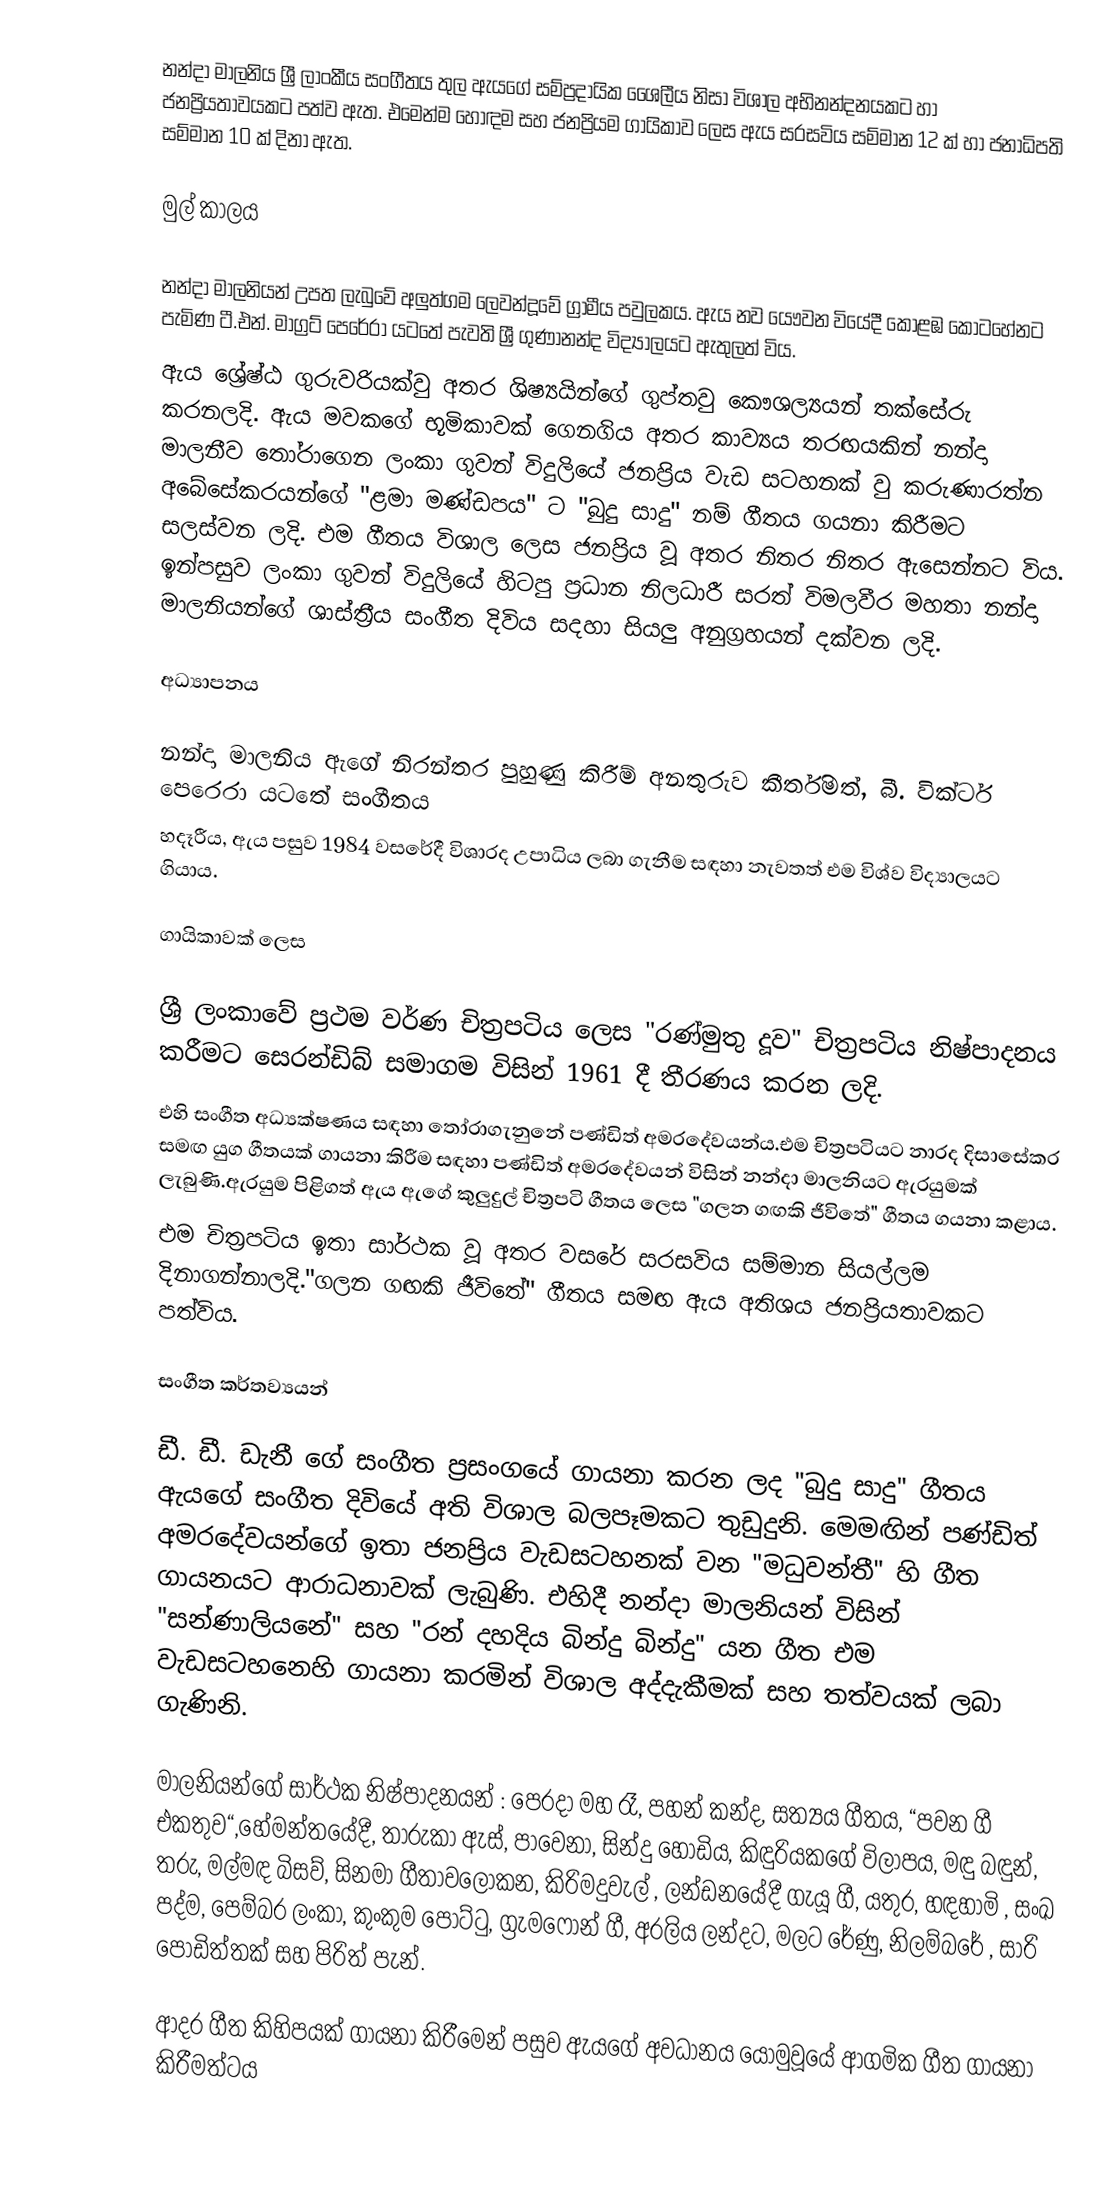
නන්දා මාලනිය ශ්‍රී ලාංකීය සංගීතය තුල ඇයගේ සම්ප්‍රදායික ශෛලීය නිසා විශාල අභිනන්දනයකට හා ජනප්‍රියතාවයකට පත්ව ඇත. එමෙන්ම හොඳම සහ ජනප්‍රියම ගායිකාව ලෙස ඇය සරසවිය සම්මාන 12 ක් හා ජනාධිපති සම්මාන 10 ක් දිනා ඇත.

මුල් කාලය

නන්දා මාලනියන් උපත ලැබුවේ අලුත්ගම ලෙවන්දූවේ ග්‍රාමීය පවුලකය. ඇය නව‍ යෞවන වියේදී කොළඹ කොටහේනට පැමිණ ටී.එන්. මාග්‍රට් පෙරේරා යටතේ පැවති ශ්‍රී ගුණානන්ද විද්‍යාලයට ඇතුලත් විය.
ඇය ශ්‍රේෂ්ඨ ගුරුවරියක්වු අතර ශිෂ්‍යයින්ගේ ගුප්තවු කෞශල්‍යයන් තක්සේරු කරනලදි. ඇය මවකගේ භූමිකාවක් ගෙනගිය අතර කාව්‍යය තරඟයකින් නන්දා මාලනීව තෝරාගෙන ලංකා ගුවන් විදුලියේ ජනප්‍රිය වැඩ සටහනක් වු කරුණාරත්න අබේසේකරයන්ගේ "ළමා මණ්ඩපය" ට "බුදු සාදු" නම් ගීතය ගයනා කිරීමට සලස්වන ලදි. එම ගීතය විශාල ලෙස ජනප්‍රිය වූ අතර නිතර නිතර ඇසෙන්නට විය. ඉන්පසුව ලංකා ගුවන් විදුලියේ හිටපු ප්‍රධාන නිලධාරී සරත් විමලවීර මහතා නන්දා මාලනියන්ගේ ශාස්ත්‍රීය සංගීත දිවිය සදහා සියලු අනුග්‍රහයන් දක්වන ලදි.

අධ්‍යාපනය

නන්දා මාලනිය ඇගේ  නිරන්තර පුහුණු කිරීම් අනතුරුව කීර්තිමත්,  බී. වික්ටර් පෙරෙරා යටතේ සංගීතය
හදෑරීය, ඇය පසුව 1984 වසරේදී විශාරද උපාධිය ලබා ගැනීම සඳහා නැවතත් එම විශ්ව විද්‍යාලයට ගියාය.

ගායිකාවක් ලෙස

ශ්‍රී ලංකාවේ ප්‍රථම වර්ණ චිත්‍රපටිය ලෙස "රණ්මුතු දූව" චිත්‍රපටිය නිෂ්පාදනය කරීමට සෙරන්ඩිබ් සමාගම විසින් 1961 දී තීරණය කරන ලදි.
එහි සංගීත අධ්‍යක්ෂණය සඳහා තෝරාගැනුනේ පණ්ඩිත් අමරදේවයන්ය.එම චිත්‍රපටියට නාරද දිසාසේකර සමඟ යුග ගීතයක් ගායනා කිරීම සඳහා පණ්ඩිත් අමරදේවයන් විසින් නන්දා මාලනියට ඇරයුමක් ලැබුණි.ඇරයුම පිළිගත් ඇය ඇගේ කුලුදුල් චිත්‍රපටි ගීතය ලෙස "ගලන ගඟකි ජීවිතේ" ගීතය ගයනා කළාය.
එම චිත්‍රපටිය ඉතා සාර්ථක වූ අතර වසරේ සරසවිය සම්මාන සියල්ලම  දිනාගන්නාලදි."ගලන ගඟකි ජීවිතේ" ගීතය සමඟ ඇය අතිශය ජනප්‍රියතාවකට පත්විය.

සංගීත කර්තව්‍යයන්

ඩී. ඩී. ඩැනී ගේ සංගීත  ප්‍රසංගයේ ගායනා කරන ලද "බුදු සාදු" ගීතය ඇයගේ සංගීත දිවියේ අති විශාල බලපෑමකට තුඩුදුනි. මෙමඟින් පණ්ඩිත් අමරදේවයන්ගේ ඉතා ජනප්‍රිය වැඩසටහනක් වන "මධුවන්තී" හි ගීත ගායනයට ආරාධනාවක් ලැබුණි. එහිදී නන්දා මාලනියන් විසින්  "සන්ණාලියනේ" සහ "රන් දහදිය බින්දු බින්දු" යන ගීත එම වැඩසටහනෙහි ගායනා කරමින් විශාල අද්දැකීමක් සහ තත්වයක් ලබා ගැණිනි.

මාලනියන්ගේ සාර්ථක නිෂ්පාදනයන් : පෙරදා මහ රෑ, පහන් කන්ද, සත්‍යය ගීතය, “පවන ගී එකතුව“,හේමන්තයේදී, තාරුකා ඇස්, පාවෙනා, සින්දු හෝඩිය, කිඳුරියකගේ විලාපය, මඳු බඳුන්, තරු, මල්මඳ බිසව්, සිනමා ගීතාවලෝකන, කිරිමදුවැල් , ලන්ඩනයේදී ගැයූ ගී, යතුර, හඳහාමි , සංඛ පද්ම, පෙම්බර ලංකා, කුංකුම පොට්ටු, ග්‍රැමෆෝන් ගී, අරලිය ලන්දට, මලට රේණු, නිලම්බරේ , සාරි පොඩිත්තක්  සහ පිරිත් පැන්.

ආදර ගීත කිහිපයක් ගායනා කිරීමෙන් පසුව ඇයගේ අවධානය යොමුවූයේ ආගමික ගීත ගායනා කිරීමත්ටය